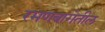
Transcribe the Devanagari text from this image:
रमणबागेतील